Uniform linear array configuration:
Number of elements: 8
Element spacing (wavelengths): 1
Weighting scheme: exponential
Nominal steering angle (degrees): -60
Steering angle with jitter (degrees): -60.183
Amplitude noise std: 0.05
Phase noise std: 0.05

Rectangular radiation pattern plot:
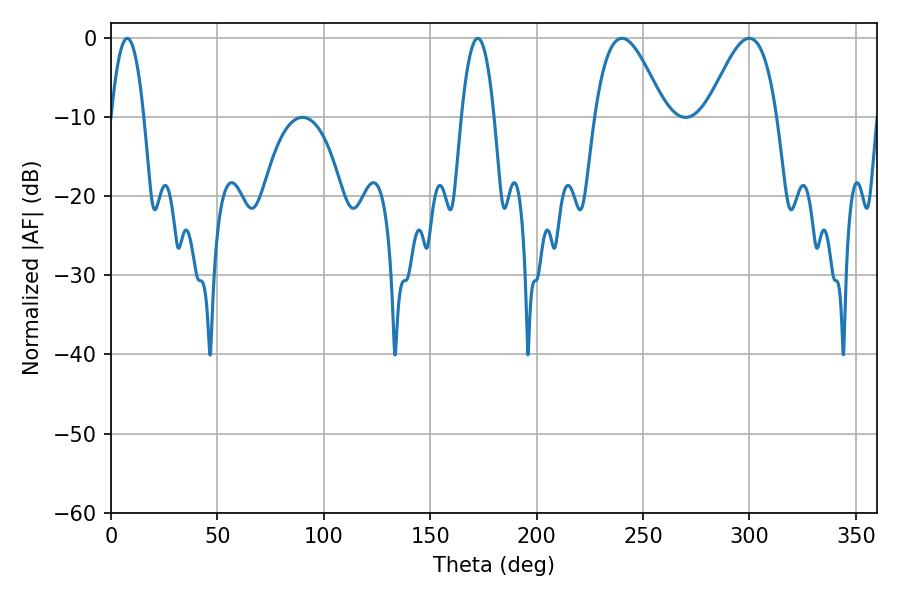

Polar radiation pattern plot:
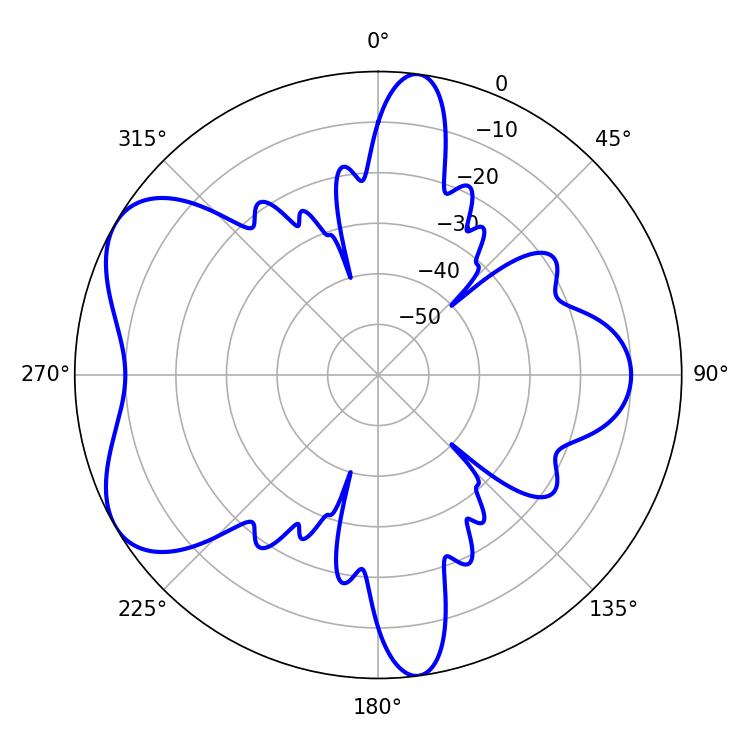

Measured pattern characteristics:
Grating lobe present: TRUE
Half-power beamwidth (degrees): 17.64
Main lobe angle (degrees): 240.12